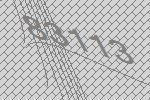
83113